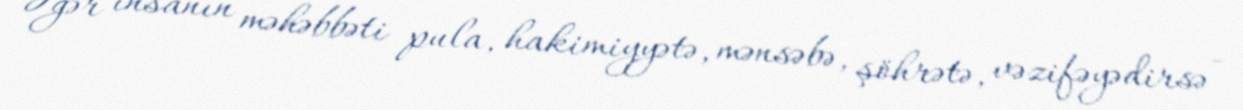
Əgər insanın məhəbbəti pula, hakimiyyətə, mənsəbə, şöhrətə, vəzifəyədirsə -